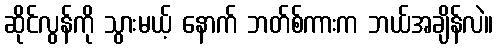
ဆိုင်လွန်ကို သွားမယ့် နောက် ဘတ်စ်ကားက ဘယ်အချိန်လဲ။